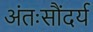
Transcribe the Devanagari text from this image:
अंतःसौंदर्य